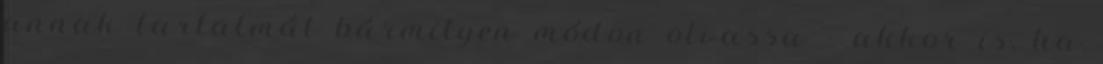
annak tartalmát bármilyen módon olvassa – akkor is, ha